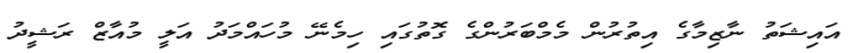
އައިޝަތު ނާޒިމާގެ އިތުރުން މެމްބަރުންގެ ގޮތުގައި ހިމެނޭ މުހައްމަދު އަލީ މުއާޒް ރަޝީދު